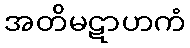
အတိမဋာဟကံ